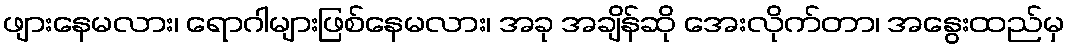
ဖျားနေမလား၊ ရောဂါများဖြစ်နေမလား၊ အခု အချိန်ဆို အေးလိုက်တာ၊ အနွေးထည်မှ